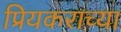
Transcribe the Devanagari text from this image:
प्रियकराच्या